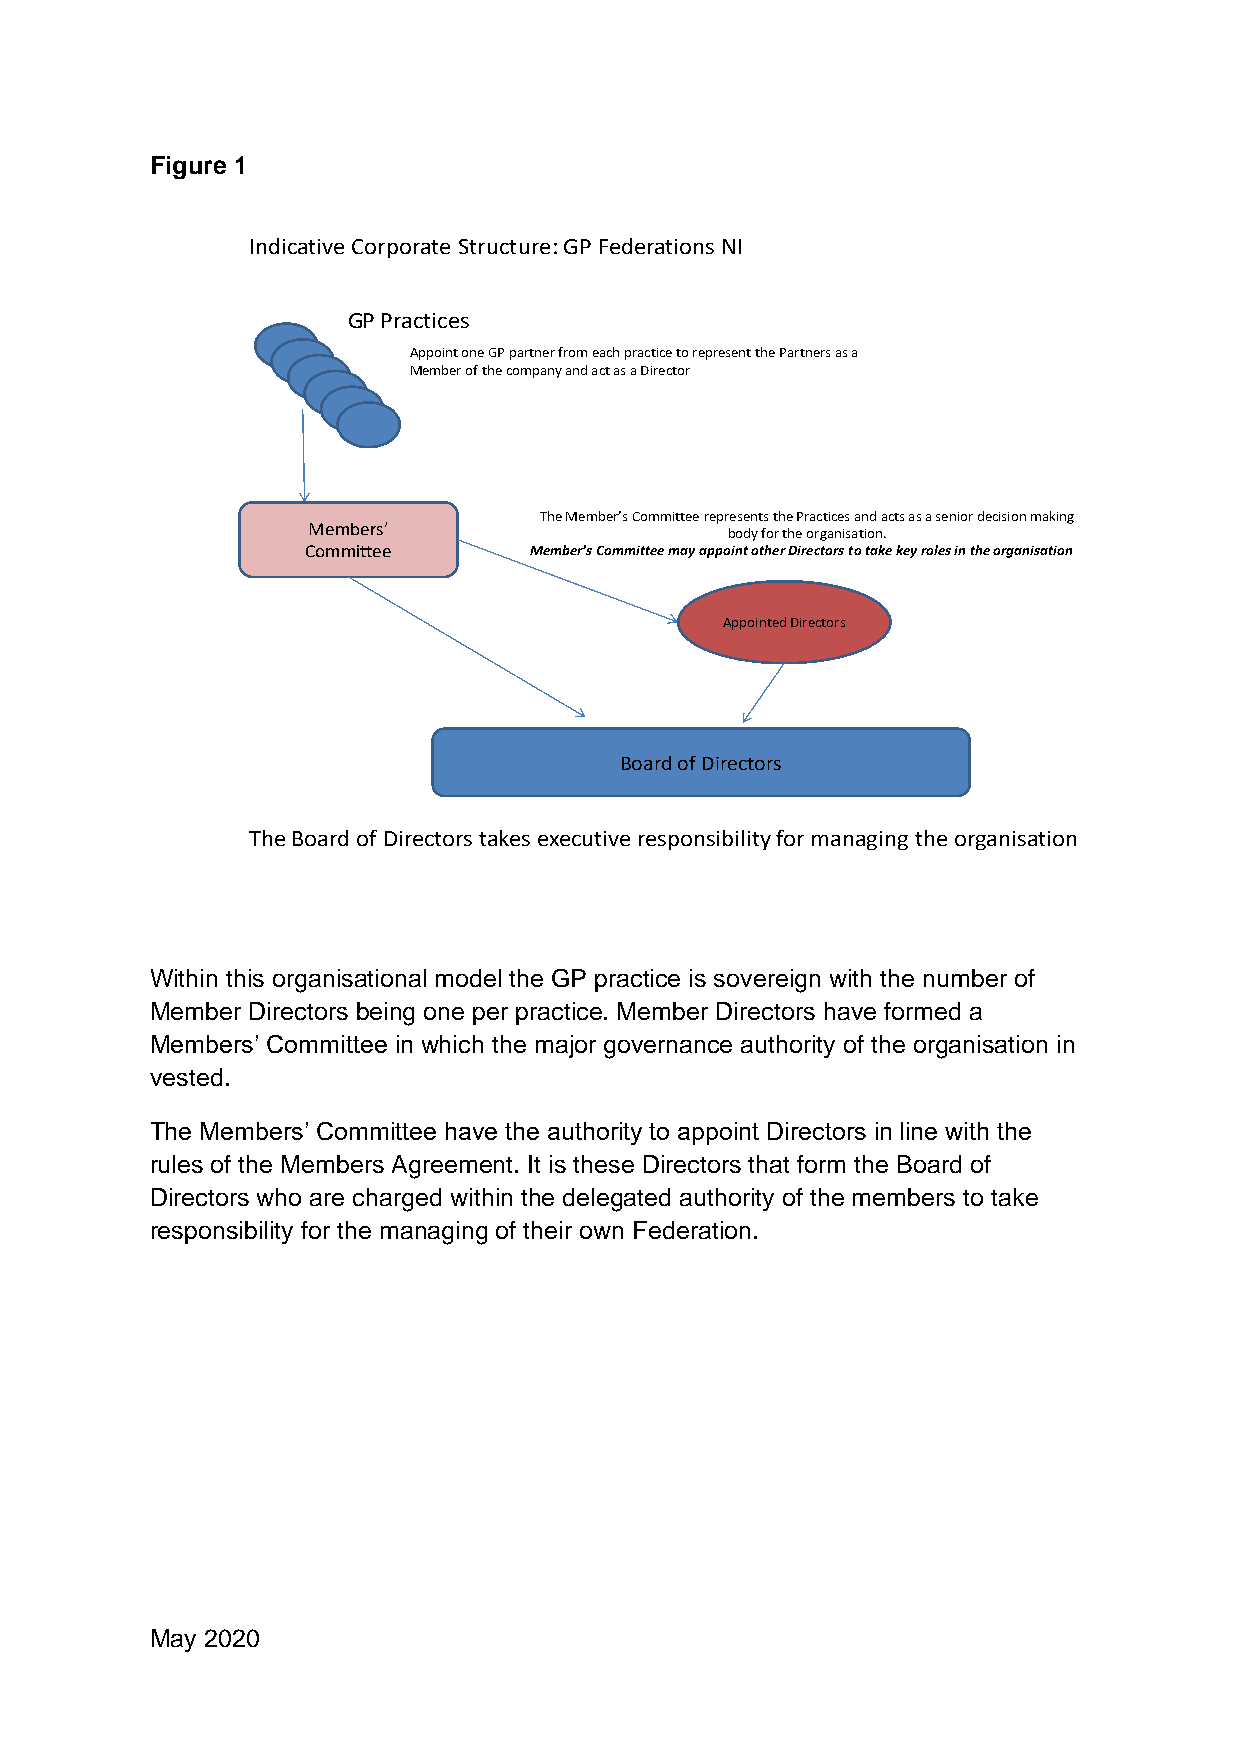
Figure 1
 Indicative Corporate Structure: GP Federations NI
 GP Practices
 Appoint one GP partner from each practice to represent the Partners as a
 Member of the company and act as a Director
 The Member’s Committee represents the Practices and acts as a senior decision making
 Members’
 body for the organisation.
 Committee      Member’s Committee may appoint other Directors to take key roles in the organisation
 Appointed Directors
 Board of Directors
 The Board of Directors takes executive responsibility for managing the organisation
 Within this organisational model the GP practice is sovereign with the number of
 Member Directors being one per practice. Member Directors have formed a
 Members’ Committee in which the major governance authority of the organisation in
 vested.
 The Members’ Committee have the authority to appoint Directors in line with the
 rules of the Members Agreement. It is these Directors that form the Board of
 Directors who are charged within the delegated authority of the members to take
 responsibility for the managing of their own Federation.
 May 2020